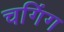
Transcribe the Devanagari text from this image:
चगिंग